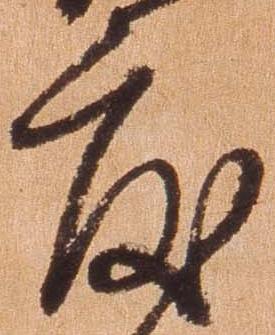
度